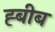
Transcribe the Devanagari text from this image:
ह्बीब